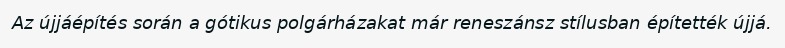
Az újjáépítés során a gótikus polgárházakat már reneszánsz stílusban építették újjá.